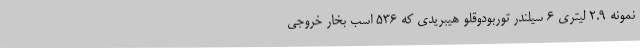
نمونه 2.9 لیتری 6 سیلندر توربودوقلو هیبریدی که 536 اسب بخار خروجی